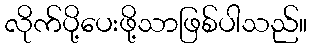
လိုက်ပို့ပေးဖို့သာဖြစ်ပါသည်။